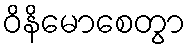
ဝိနိမောစေတွာ